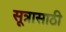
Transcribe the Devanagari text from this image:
सूत्रासाठी